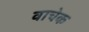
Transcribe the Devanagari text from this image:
वाचेक